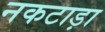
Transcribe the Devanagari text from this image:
नकटाड़ा